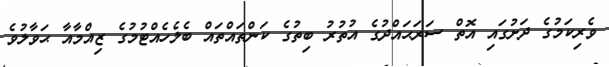
ވެރިކަމުގެ ދަށުގައި އޮތް ސަރަޙައްދުގެ އުތުރު ބިތުގެ ކަންތައްތައް ބެލެހެއްޓުމުގެ ޒިއްމާއާ ޙަވާލުވެ